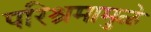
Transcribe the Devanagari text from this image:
परिश्रमामुळे